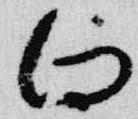
向